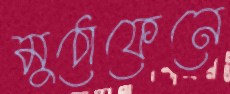
মুঠোফেনে